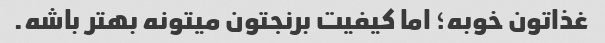
غذاتون خوبه؛ اما کیفیت برنجتون میتونه بهتر باشه.